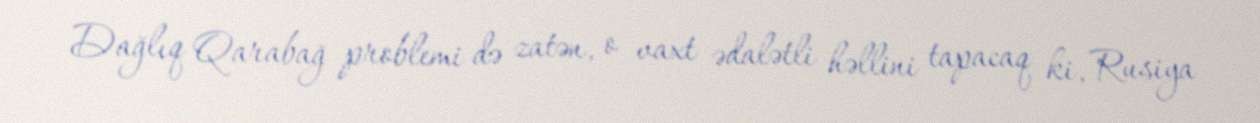
Dağlıq Qarabağ problemi də zatən, o vaxt ədalətli həllini tapacaq ki, Rusiya